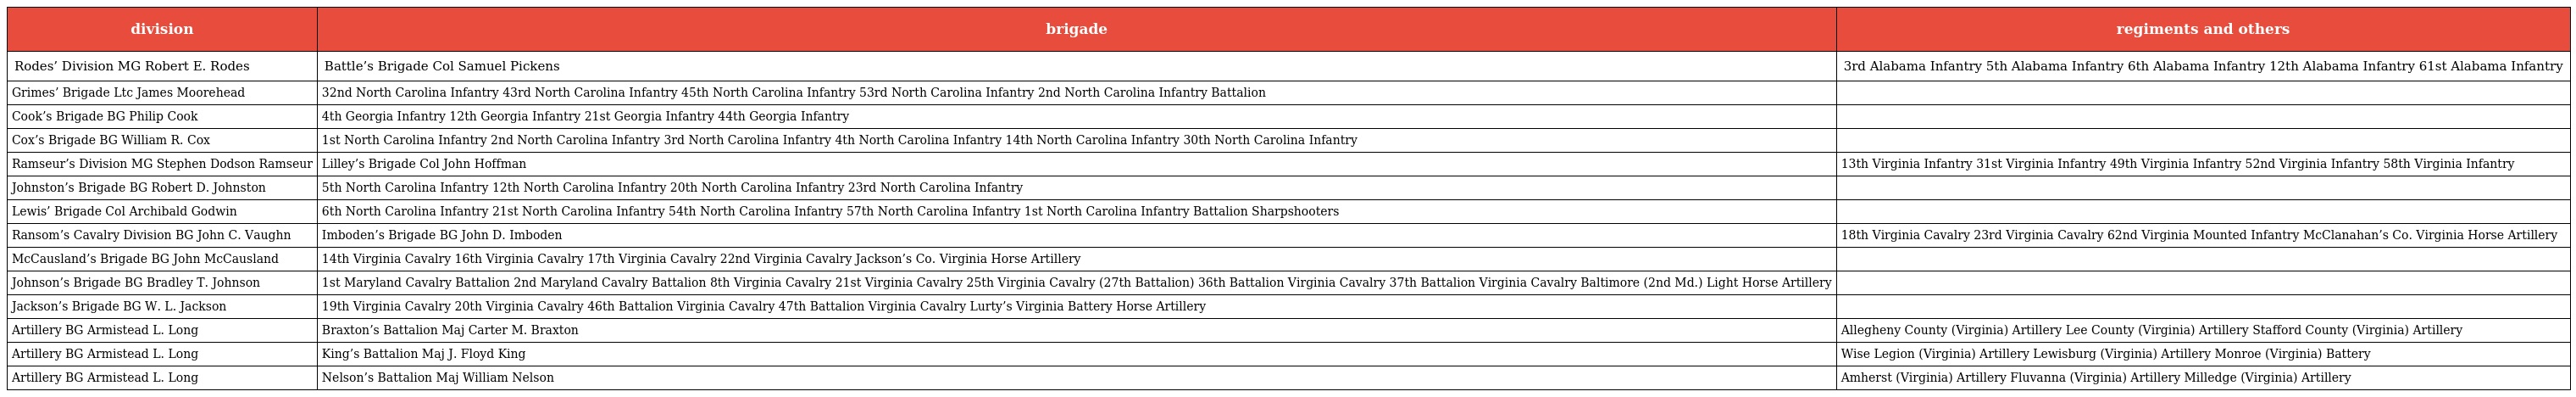
| division | brigade | regiments and others |
 | --- | --- | --- |
 | Rodes’ Division MG Robert E. Rodes | Battle’s Brigade Col Samuel Pickens | 3rd Alabama Infantry 5th Alabama Infantry 6th Alabama Infantry 12th Alabama Infantry 61st Alabama Infantry |
 | Grimes’ Brigade Ltc James Moorehead | 32nd North Carolina Infantry 43rd North Carolina Infantry 45th North Carolina Infantry 53rd North Carolina Infantry 2nd North Carolina Infantry Battalion |  |
 | Cook’s Brigade BG Philip Cook | 4th Georgia Infantry 12th Georgia Infantry 21st Georgia Infantry 44th Georgia Infantry |  |
 | Cox’s Brigade BG William R. Cox | 1st North Carolina Infantry 2nd North Carolina Infantry 3rd North Carolina Infantry 4th North Carolina Infantry 14th North Carolina Infantry 30th North Carolina Infantry |  |
 | Ramseur’s Division MG Stephen Dodson Ramseur | Lilley’s Brigade Col John Hoffman | 13th Virginia Infantry 31st Virginia Infantry 49th Virginia Infantry 52nd Virginia Infantry 58th Virginia Infantry |
 | Johnston’s Brigade BG Robert D. Johnston | 5th North Carolina Infantry 12th North Carolina Infantry 20th North Carolina Infantry 23rd North Carolina Infantry |  |
 | Lewis’ Brigade Col Archibald Godwin | 6th North Carolina Infantry 21st North Carolina Infantry 54th North Carolina Infantry 57th North Carolina Infantry 1st North Carolina Infantry Battalion Sharpshooters |  |
 | Ransom’s Cavalry Division BG John C. Vaughn | Imboden’s Brigade BG John D. Imboden | 18th Virginia Cavalry 23rd Virginia Cavalry 62nd Virginia Mounted Infantry McClanahan’s Co. Virginia Horse Artillery |
 | McCausland’s Brigade BG John McCausland | 14th Virginia Cavalry 16th Virginia Cavalry 17th Virginia Cavalry 22nd Virginia Cavalry Jackson’s Co. Virginia Horse Artillery |  |
 | Johnson’s Brigade BG Bradley T. Johnson | 1st Maryland Cavalry Battalion 2nd Maryland Cavalry Battalion 8th Virginia Cavalry 21st Virginia Cavalry 25th Virginia Cavalry (27th Battalion) 36th Battalion Virginia Cavalry 37th Battalion Virginia Cavalry Baltimore (2nd Md.) Light Horse Artillery |  |
 | Jackson’s Brigade BG W. L. Jackson | 19th Virginia Cavalry 20th Virginia Cavalry 46th Battalion Virginia Cavalry 47th Battalion Virginia Cavalry Lurty’s Virginia Battery Horse Artillery |  |
 | Artillery BG Armistead L. Long | Braxton’s Battalion Maj Carter M. Braxton | Allegheny County (Virginia) Artillery Lee County (Virginia) Artillery Stafford County (Virginia) Artillery |
 | Artillery BG Armistead L. Long | King’s Battalion Maj J. Floyd King | Wise Legion (Virginia) Artillery Lewisburg (Virginia) Artillery Monroe (Virginia) Battery |
 | Artillery BG Armistead L. Long | Nelson’s Battalion Maj William Nelson | Amherst (Virginia) Artillery Fluvanna (Virginia) Artillery Milledge (Virginia) Artillery |